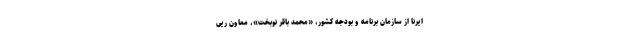
ایرنا از سازمان برنامه و بودجه کشور، «محمد باقر نوبخت»، معاون ریی